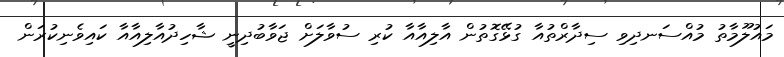
މައުލޫމާތު މުއްސަނދިވި ސިދާރްތުއާ ގުޅޭގޮތުން އާލިއާއާ ކުރި ސުވާލަށް ޖަވާބުދިނީ ޝާހިދުއާލިއާއާ ކައިވެނިކުރަން